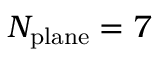
N _ { \mathrm { p l a n e } } = 7